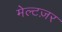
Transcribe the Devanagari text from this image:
मेल्टज़र